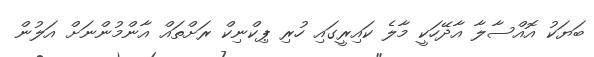
ބަޔަކު އޮއްސާލާ އާދޭހަކީ މާލެ ކައިރީގައި ހުރި ޕިކްނިކް ރަށްތައް އާންމުންނަށް އަލުން